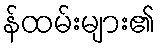
န်ထမ်းများ၏